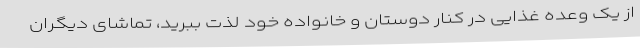
از یک وعده غذایی در کنار دوستان و خانواده خود لذت ببرید، تماشای دیگران